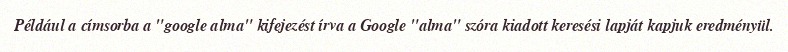
Például a címsorba a "google alma" kifejezést írva a Google "alma" szóra kiadott keresési lapját kapjuk eredményül.